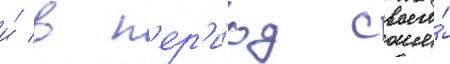
и́ в п'ер'и́од своего́